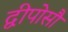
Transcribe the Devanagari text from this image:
द्वीपोसौ